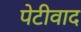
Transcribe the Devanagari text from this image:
पेटीवाद